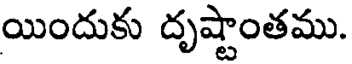
యిందుకు దృష్టాంతము.